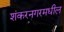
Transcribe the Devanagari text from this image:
शंकरनगरमधील